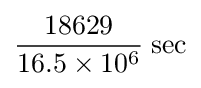
{\frac {18629}{16.5\times 10^{6}}}\;\mathrm {sec}